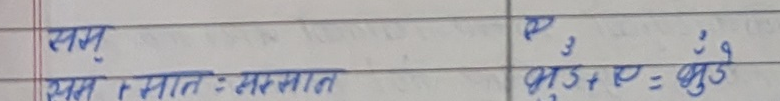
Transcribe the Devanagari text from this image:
सम्प
सम्प र सात : सरसात
ए3
भुरि + ए = भुट्टे